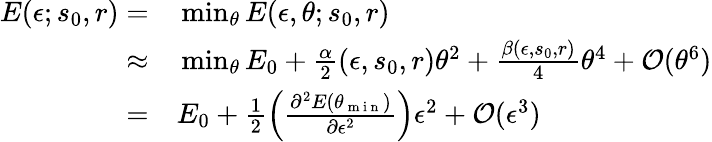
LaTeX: \begin{array}{rl}{E(\epsilon;s_{0},r)=}&{{}\operatorname*{min}_{\theta}E(\epsilon,\theta;s_{0},r)}\\ {\approx}&{{}\operatorname*{min}_{\theta}E_{0}+\frac{\alpha}{2}(\epsilon,s_{0},r)\theta^{2}+\frac{\beta(\epsilon,s_{0},r)}{4}\theta^{4}+\mathcal{O}(\theta^{6})}\\ {=}&{{}E_{0}+\frac 12\left(\frac{\partial^{2}E(\theta_{\mathrm{~m~i~n~}})}{\partial\epsilon^{2}}\right)\epsilon^{2}+\mathcal{O}(\epsilon^{3})}\end{array}